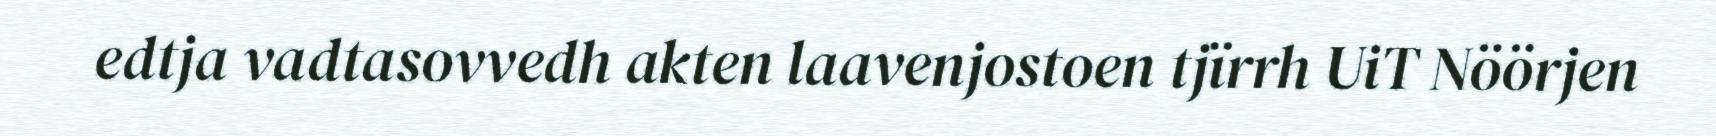
edtja vadtasovvedh akten laavenjostoen tjïrrh UiT Nöörjen